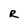
Character: R